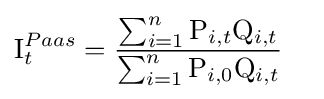
{\begin{aligned}\mathrm {I} _{t}^{Paas}&={\frac {\sum _{i=1}^{n}\mathrm {P} _{i,t}\mathrm {Q} _{i,t}}{\sum _{i=1}^{n}\mathrm {P} _{i,0}\mathrm {Q} _{i,t}}}\end{aligned}}